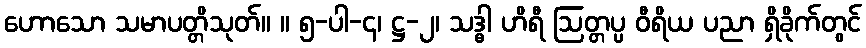
ဟောသော သမာပတ္တိသုတ်။ ။ ၅-ပါ-၄၊ ဋ္ဌ-၂၊ သဒ္ဓါ ဟိရီ ဩတ္တပ္ပ ဝီရိယ ပညာ ရှိခိုက်တွင်